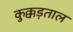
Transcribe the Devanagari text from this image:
कुक्कड़ताल